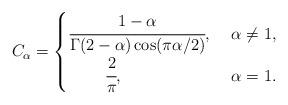
LaTeX: \begin{align*} C_\alpha=\begin{cases} \cfrac{1-\alpha}{\Gamma(2-\alpha)\cos(\pi\alpha/2)}, \ & \alpha\neq 1, \\ \;\;\;\;\;\;\;\;\cfrac{2}{\pi}, & \alpha= 1. \end{cases}\end{align*}